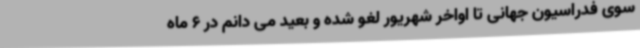
سوی فدراسیون جهانی تا اواخر شهریور لغو شده و بعید می دانم در 6 ماه